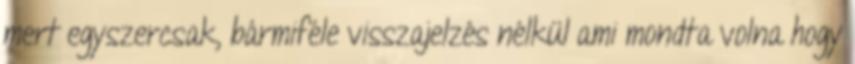
mert egyszercsak, bármiféle visszajelzés nélkül ami mondta volna hogy